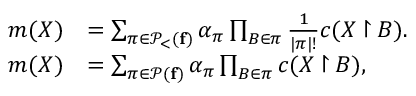
\begin{array} { r l } { m ( X ) } & { = \sum _ { \pi \in \mathcal P _ { < } ( { \mathbf { f } } ) } \alpha _ { \pi } \prod _ { B \in \pi } \frac { 1 } { | \pi | ! } c ( X \mathbin { \upharpoonright } B ) . } \\ { m ( X ) } & { = \sum _ { \pi \in \mathcal P ( { \mathbf { f } } ) } \alpha _ { \pi } \prod _ { B \in \pi } c ( X \mathbin { \upharpoonright } B ) , } \end{array}